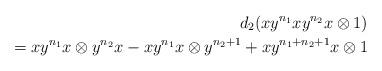
LaTeX: \begin{align*}d_2(xy^{n_1}xy^{n_2}x \otimes 1) \\ = xy^{n_1}x \otimes y^{n_2}x - xy^{n_1}x \otimes y^{n_2+1} + xy^{n_1+n_2+1}x \otimes 1\end{align*}